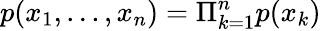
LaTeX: p(x_{1},...,x_{n})=\Pi_{k=1}^{n}p(x_{k})